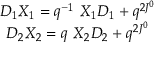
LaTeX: \begin{array} { c } { { D _ { 1 } X _ { 1 } = q ^ { - 1 } \ X _ { 1 } D _ { 1 } + q ^ { 2 J ^ { 0 } } } } \\ { { D _ { 2 } X _ { 2 } = q \ X _ { 2 } D _ { 2 } + q ^ { 2 J ^ { 0 } } } } \end{array}